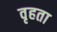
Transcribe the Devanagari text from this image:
वृहता